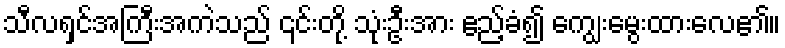
သီလရှင်အကြီးအကဲသည် ၎င်းတို့ သုံးဦးအား ဧည့်ခံ၍ ကျွေးမွေးထားလေ၏။